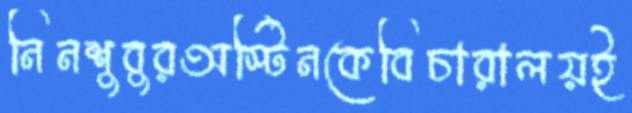
নিনশুবুরঅস্টিনকেবিচারালয়ই